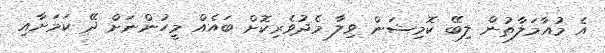
އެ މުއާމަލާތުން ލިބޭ ކޮމިޝަން ވިލާ މެދުވެރިކޮށް ބައެއް މީހުންނަށް ދޭ ކަމަށާއި